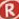
R